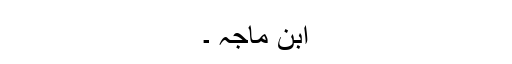
ابن ماجہ ۔